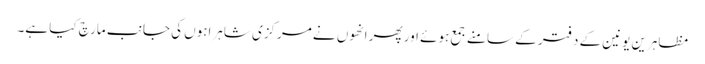
مظاہرین یونین کے دفتر کے سامنے جمع ہوئے اور پھر انھوں نے مرکزی شاہراہوں کی جانب مارچ کیا ہے۔